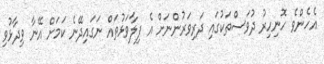
އެހެންވެ ހޮނިހިރު ދުވަސްތަކުގައި ދަރިވަރުންނަށް އެ ފިލާވަޅުތައް ނަގައިދޭނެ ކަމަށް އޭނާ ވިދާޅުވި